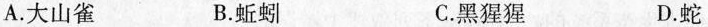
A.大山雀 B.蚯蚓 C.黑猩猩 D.蛇